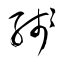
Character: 残